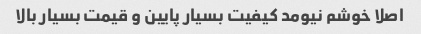
اصلا خوشم نیومد کیفیت بسیار پایین و قیمت بسیار بالا